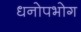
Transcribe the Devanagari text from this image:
धनोपभोग